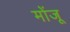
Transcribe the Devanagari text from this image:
मोंजू